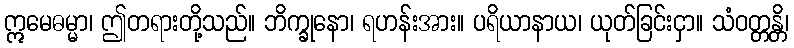
ဣမေဓမ္မာ၊ ဤတရားတို့သည်။ ဘိက္ခုနော၊ ရဟန်းအား။ ပရိယာနာယ၊ ယုတ်ခြင်းငှာ။ သံဝတ္တန္တိ၊